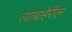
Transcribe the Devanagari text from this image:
त्याबाहेरील